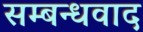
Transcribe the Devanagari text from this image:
सम्बन्धवाद